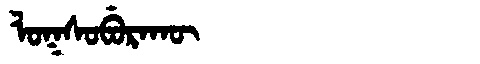
Manchu: ᠯᠣᡴᠰᠣᠪᡠᡵᠠᡴᡡ
Romanization: LOKSOBURAKŪ